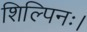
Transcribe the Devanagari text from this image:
शिल्पिनः।